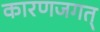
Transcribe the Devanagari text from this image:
कारणजगत्